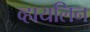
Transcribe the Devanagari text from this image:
व्हायलिन